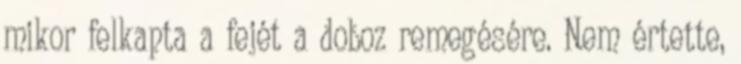
mikor felkapta a fejét a doboz remegésére. Nem értette,